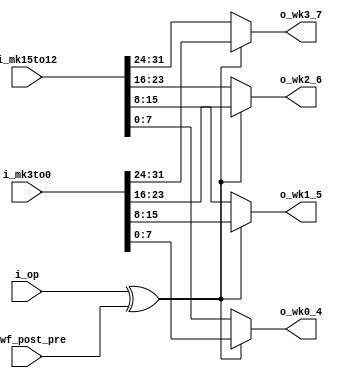
module WKG(
	i_op          , 

	i_wf_post_pre ,
	
	i_mk3to0      ,
	i_mk15to12    , 

	o_wk3_7       ,  
	o_wk2_6       ,   
	o_wk1_5       ,  
	o_wk0_4         
);


//=====================================
//
//          PARAMETERS 
//
//=====================================


//=====================================
//
//          I/O PORTS 
//
//=====================================
input       i_op          ; 

input       i_wf_post_pre ;

input[31:0] i_mk3to0      ;
input[31:0] i_mk15to12    ; 

output[7:0] o_wk3_7       ;  
output[7:0] o_wk2_6       ;   
output[7:0] o_wk1_5       ;  
output[7:0] o_wk0_4       ; 


//=====================================
//
//          REGISTERS
//
//=====================================


//=====================================
//
//          WIRES
//
//=====================================
wire        w_out_sel;


//=====================================
//
//          MAIN
//
//=====================================
// w_out_sel
assign      w_out_sel = i_op ^ i_wf_post_pre; // 0 if 2 signals have same value
                                              // 1 if 2 signals hava different value

// o_wk3_7
assign      o_wk3_7 = (~w_out_sel) ? i_mk15to12[31:24] : // w_out_sel == 0
                                     i_mk3to0[31:24]   ; // w_out_sel == 1 
// o_wk2_6
assign      o_wk2_6 = (~w_out_sel) ? i_mk15to12[23:16] : // w_out_sel == 0
                                     i_mk3to0[23:16]   ; // w_out_sel == 1 
// o_wk1_5
assign      o_wk1_5 = (~w_out_sel) ? i_mk15to12[15:8]  : // w_out_sel == 0
                                     i_mk3to0[15:8]    ; // w_out_sel == 1  
// o_wk0_4
assign      o_wk0_4 = (~w_out_sel) ? i_mk15to12[7:0]   : // w_out_sel == 0
                                     i_mk3to0[7:0]     ; // w_out_sel == 1  

endmodule